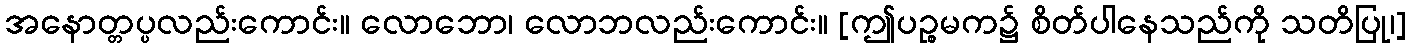
အနောတ္တပ္ပလည်းကောင်း။ လောဘော၊ လောဘလည်းကောင်း။ [ဤပဉ္စမက၌ စိတ်ပါနေသည်ကို သတိပြု၊]